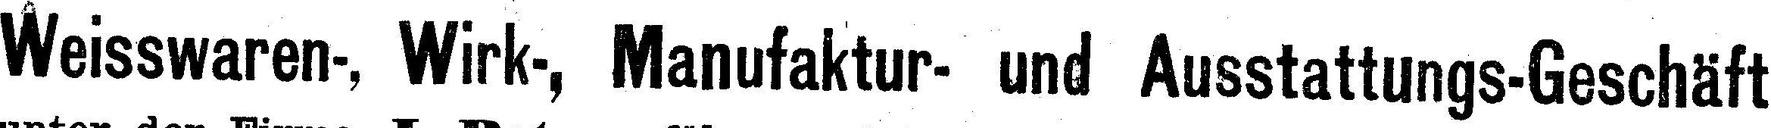
Weisswaren-, Wirk-, Manufaktur- und Ausstattungs-Geschäft